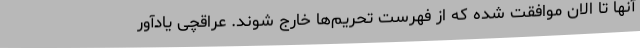
آنها تا الان موافقت شده که از فهرست تحریم‌ها خارج شوند. عراقچی یادآور